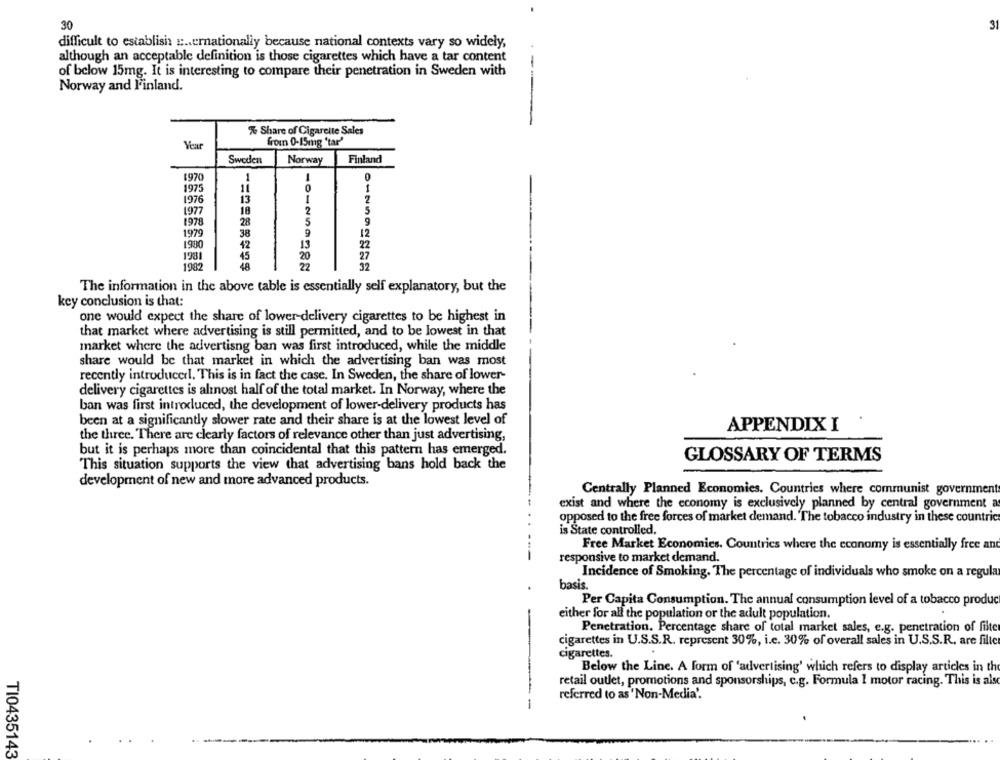
30
3
difficult to establish ::.. crnationally because national contexts vary so widely,
although an acceptable definition is those cigarettes which have a tar content
of below 15mg. It is interesting to compare their penetration in Sweden with
Norway and Finland.
--
% Share of Cigarelte Sales
from 0-15mg 'tar"
Veur
Sweden
Norway
Finland
1970
0
1
1975
11
13
1976
1977
18
2
1978
28
5
1979
38
12
1990
42
13
1981
45
20
27
1982
22
32
The information in the above table is essentially self explanatory, but the
key conclusion is that:
one would expect the share of lower-delivery cigarettes to be highest in
that market where advertising is still permitted, and to be lowest in that
market where the advertisng ban was first introduced, while the middle
share would be that market in which the advertising ban was most
recently introduced !. This is in fact the case. In Sweden, the share of lower-
delivery cigarettes is alinost half of the total market. In Norway, where the
ban was first introduced, the development of lower-delivery products has
been at a significantly slower rate and their share is at the lowest level of
APPENDIX I
the three. There are clearly factors of relevance other than just advertising,
but it is perhaps more than coincidental that this pattern has emerged.
GLOSSARY OF TERMS
This situation supports the view that advertising bans hold back the
development of new and more advanced products.
Centrally Planned Economies. Countries where communist government
exist and where the economy is exclusively planned by central government a
opposed to the free forces of market demand. "The tobacco industry in these countric
is State controlled.
Free Market Economies. Countries where the economy is essentially free an
---
responsive to market demand.
Incidence of Smoking. The percentage of individuals who smoke on a regula
basis.
Per Capita Consumption. The annual consumption level of a tobacco produc
either for all the population or the adult population.
Penetration. Percentage share of total market sales, e.g. penetration of filter
cigarettes in U.S.S.R. represent 30%, i.c. 30% of overall sales in U.S.S.R. are fille
cigarettes.
Below the Line. A form of 'advertising' which refers to display articles in the
retail outlet, promotions and sponsorships, c.g. Formula I motor racing. This is als
referred to as ' Non-Media'.
TI0435143